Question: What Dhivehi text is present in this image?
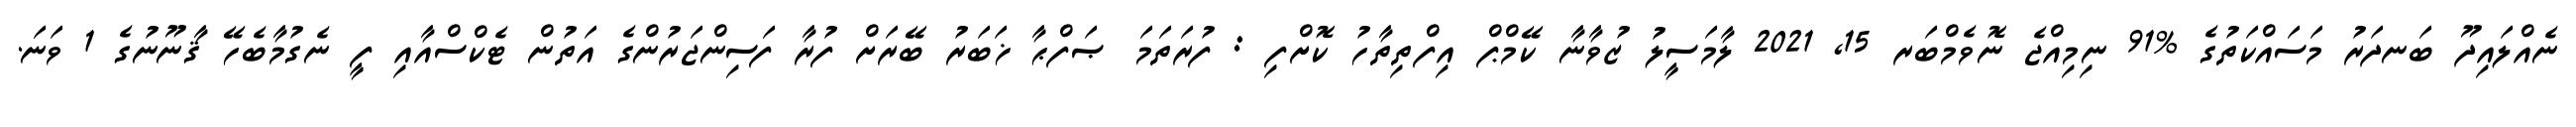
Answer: ނެއްލައިދޫ ބަނދަރު މަސައްކަތުގެ %91 ނިމިއްޖެ ނޮވެމްބަރ 15, 2021 ލާމަސީލު ޒުވާނާ ކޭމްޕް އިފްތިތާހު ކޮށްފި : ފުރަތަމަ ޞަފްޙާ ޚަބަރު ބޭރަށް ފުރާ ފަސިންޖަރުންގެ އަތުން ޓެކްސްއާއި ފީ ނެގުމާބެހޭ ޤާނޫނުގެ 1 ވަނަ.